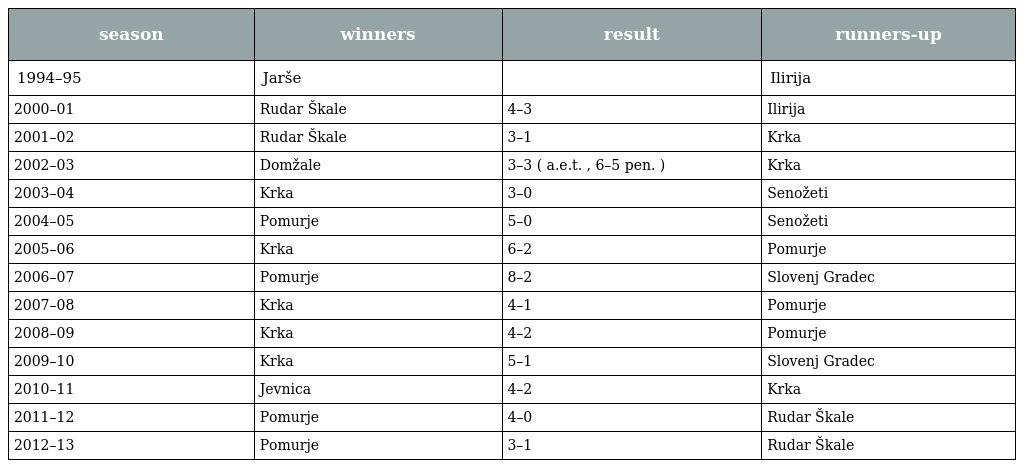
| season | winners | result | runners-up |
 | --- | --- | --- | --- |
 | 1994–95 | Jarše |  | Ilirija |
 | 2000–01 | Rudar Škale | 4–3 | Ilirija |
 | 2001–02 | Rudar Škale | 3–1 | Krka |
 | 2002–03 | Domžale | 3–3 ( a.e.t. , 6–5 pen. ) | Krka |
 | 2003–04 | Krka | 3–0 | Senožeti |
 | 2004–05 | Pomurje | 5–0 | Senožeti |
 | 2005–06 | Krka | 6–2 | Pomurje |
 | 2006–07 | Pomurje | 8–2 | Slovenj Gradec |
 | 2007–08 | Krka | 4–1 | Pomurje |
 | 2008–09 | Krka | 4–2 | Pomurje |
 | 2009–10 | Krka | 5–1 | Slovenj Gradec |
 | 2010–11 | Jevnica | 4–2 | Krka |
 | 2011–12 | Pomurje | 4–0 | Rudar Škale |
 | 2012–13 | Pomurje | 3–1 | Rudar Škale |